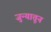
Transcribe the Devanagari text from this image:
जुन्यातून